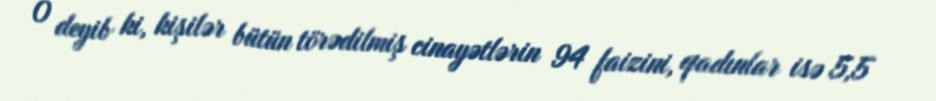
O deyib ki, kişilər bütün törədilmiş cinayətlərin 94 faizini, qadınlar isə 5,5